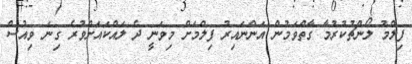
ފިލްމު ލޯންޗުކުރުމާ ގާތްވަމުން އަންނައިރު ފިލްމަށް މިވަނީ ދެ ލައްކައަށްވުރެ ގިނަ ވިއުސް